Burma Government Medical School reports 1923-41
Year: 1923
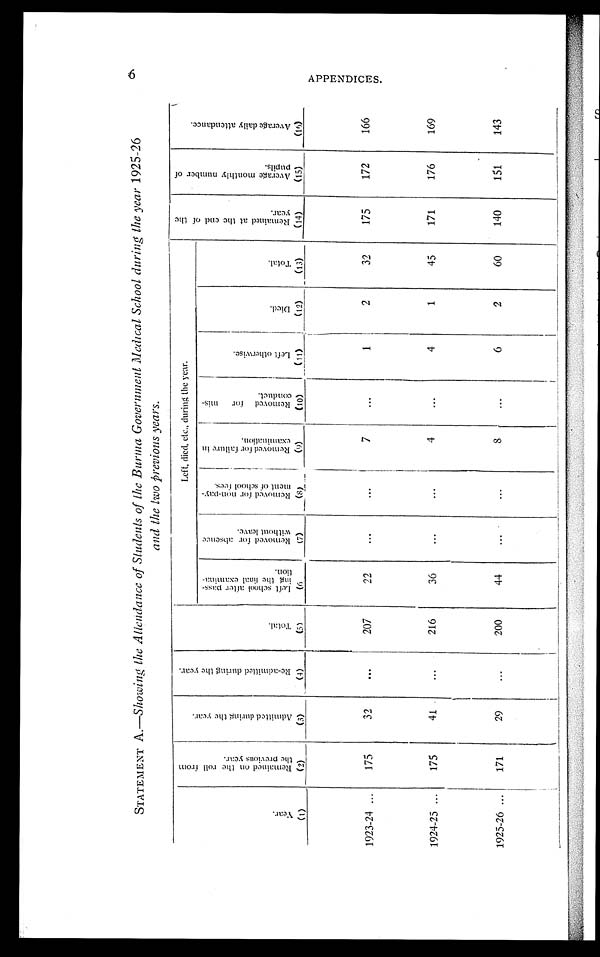
STATEMENT A.—Showing the Attendance of Students of the Burma Government Medical School during the year 1925-26
and the two previous years.
y e a r .
R e m a i n e d o n t h e f r o m t h e p r e v
A d m i t t e d d u r i n g t h e y e a r .
R e - a d m i t l e d d u r i n g t h e y e a r
Left, died, etc., during the year.
R e m a i n e d a t t h e e n d o f
t h e y e a r .
A v e r a g e m o n t h l y n u m b e r
o f p u p i l s .
A v e r a g e d a i l y a t t e n d a n c e .
T o t a l
L e f t S c h o o l a f t e r p a s s - t i o n .
R e m o v e d f o r a b s e n c e w i t h o u t o f l e a v e .
R e m o v e d f o r n o n - p a y - m e n t o f s c h o o l f e e s .
R e m o v e d f o r f a i l u r e i n e x a m i n a t i o n .
R e m o v e d
f o r m i s - c o n d u c t .
L e f t o t h e r w i s e .
D i e d .
T o t a l .
(1)
(2)
(3)
(4)
(5)
( 6 )
(7)
(8)
(9)
(10)
(11)
(12)
(13)
(14)
(15)
(16)
1923-24 ...
175
32
. . .
207
22
...
...
7
...
1
2
32
175
172
166
1924-25 ...
175
41
...
216
36
...
...
4
...
4
1
45
171
176
169
1925-26 ...
171
29
...
200
44
...
...
8
...
6
2
60
140
151
143
6 A P P E N D I C E S .